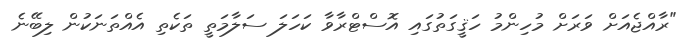
"ރާއްޖެއަށް ވަރަށް މުހިންމު ހަޤީގަތުގައި އޮސްޓްރާވާ ކަހަލަ ސަލާމަތީ ތަކެތި އެއްތަނަކުން ލިބޭނެ